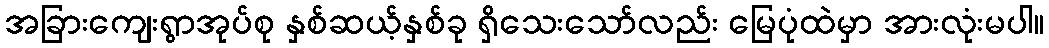
အခြားကျေးရွာအုပ်စု နှစ်ဆယ့်နှစ်ခု ရှိသေးသော်လည်း မြေပုံထဲမှာ အားလုံးမပါ။